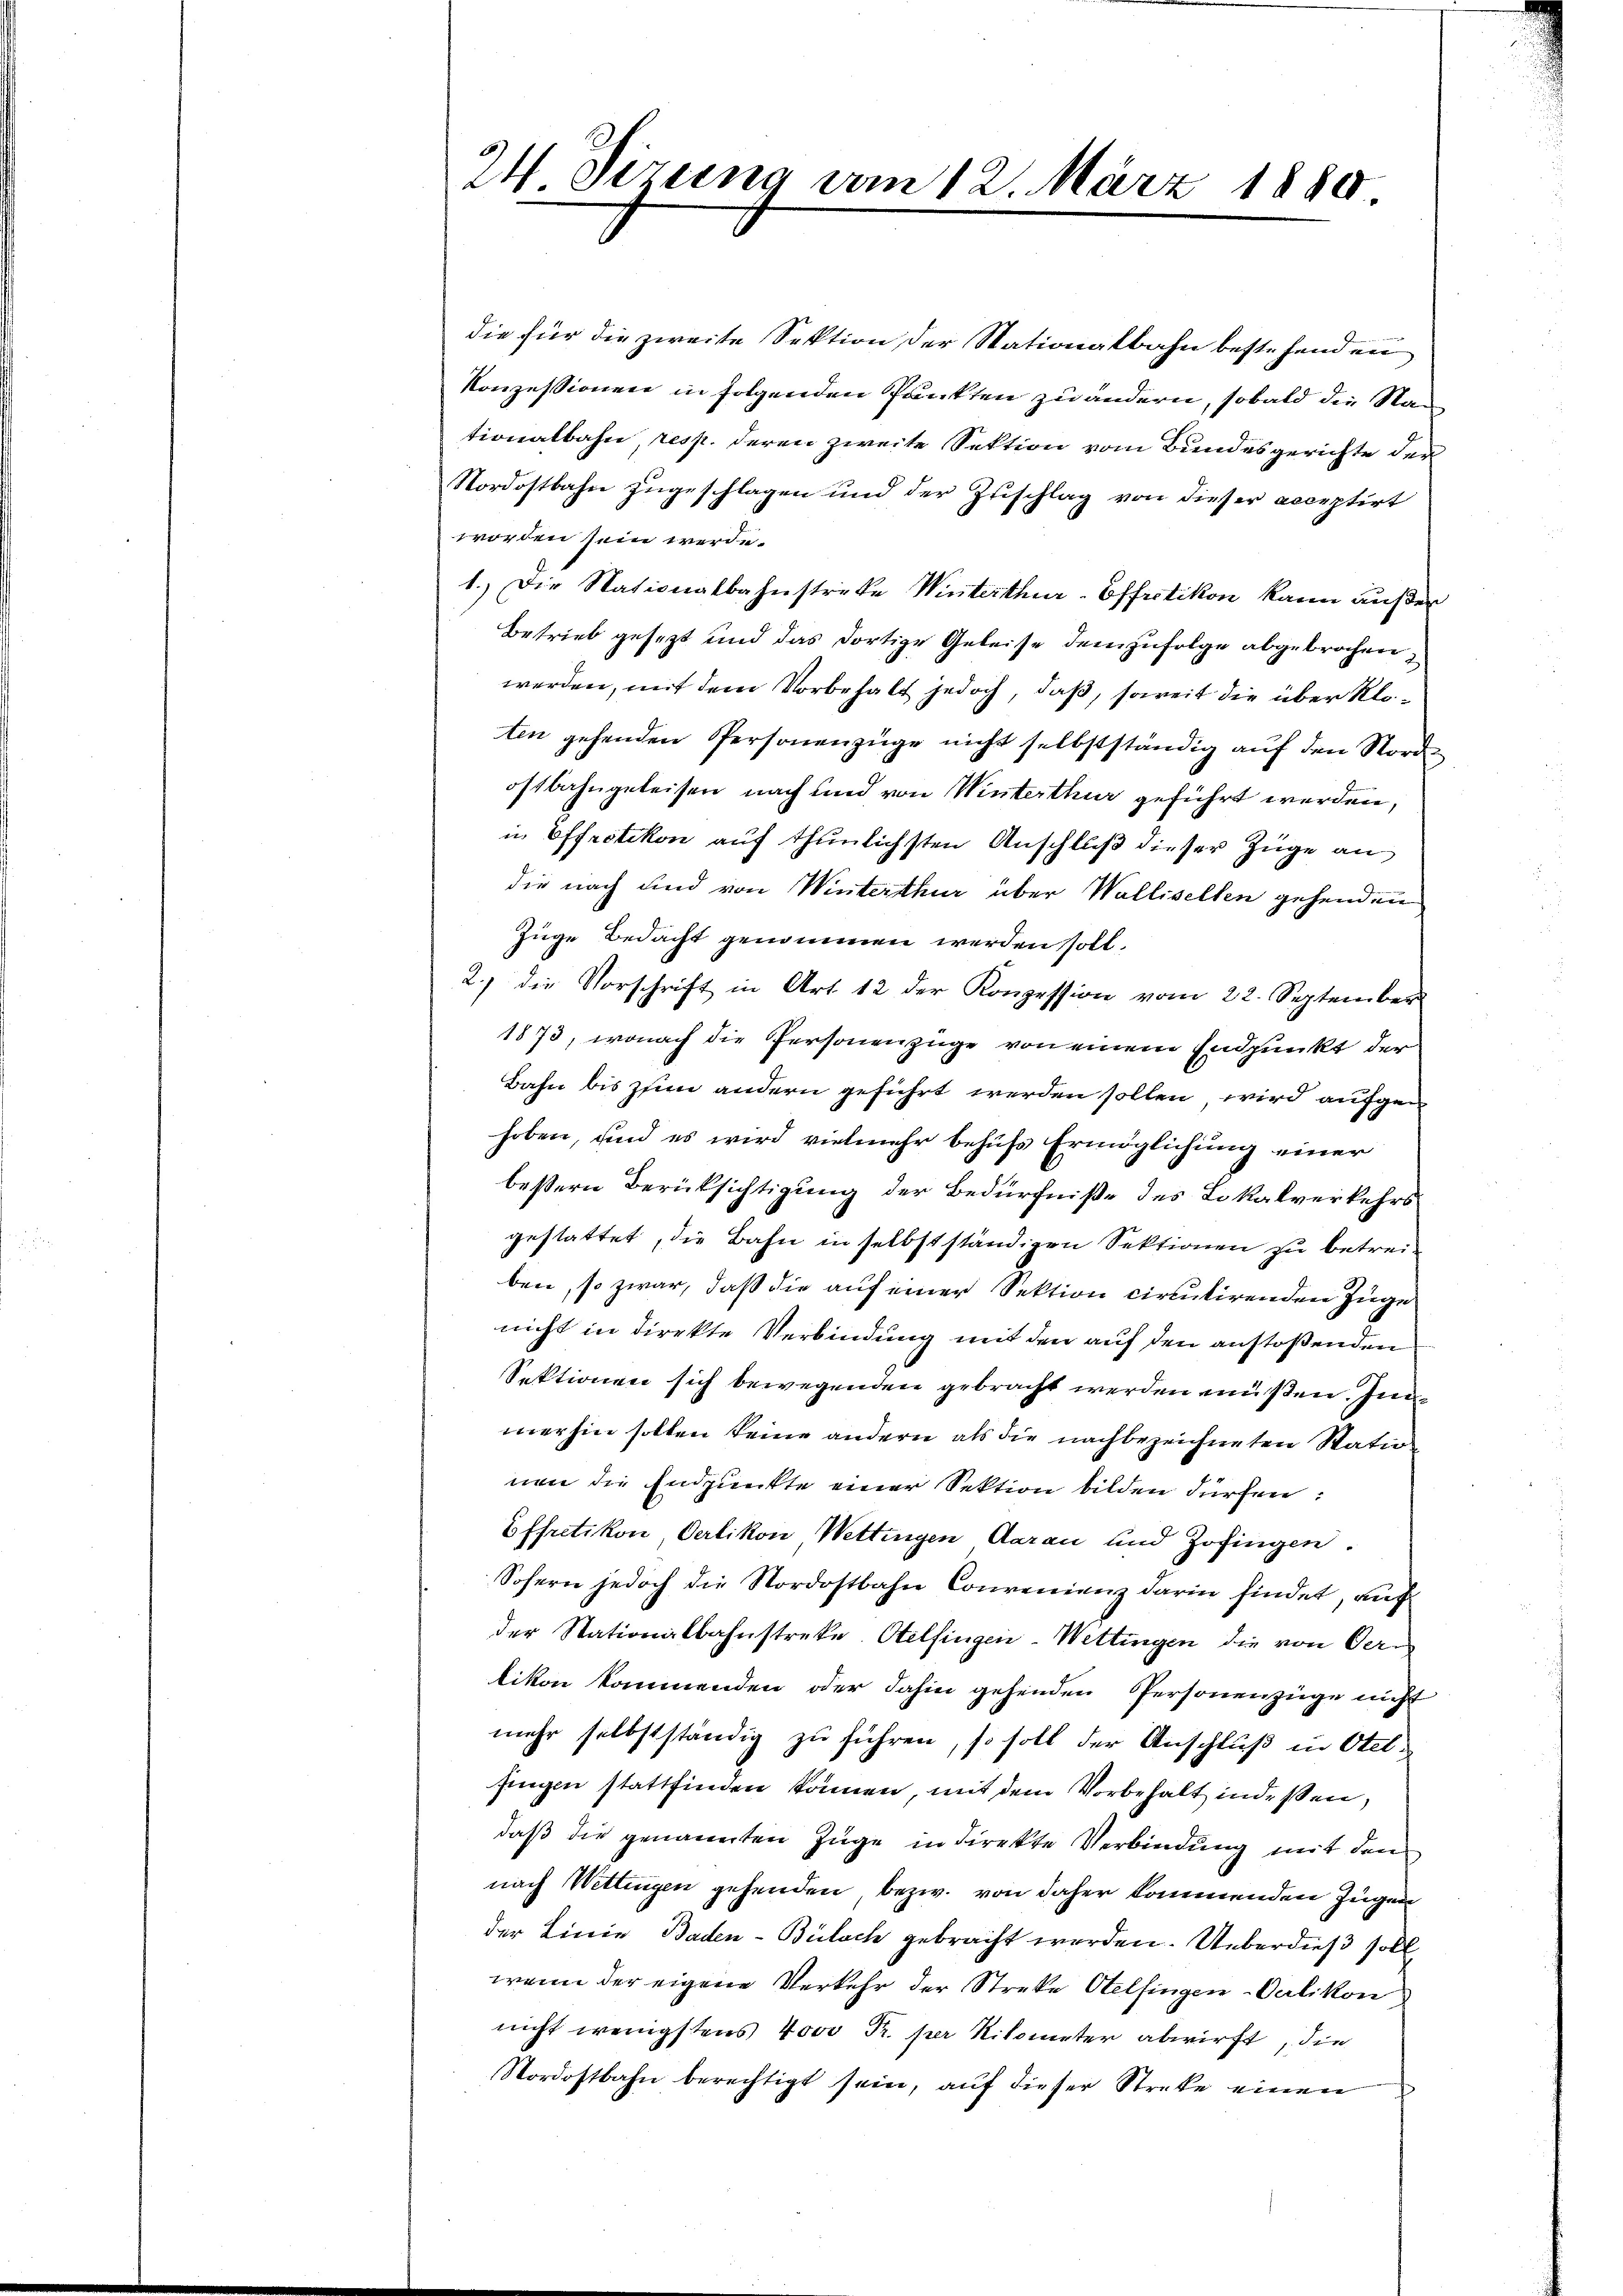
die für die zweite Sektion der Stationalbahn bestehenden
Konzessionen in folgenden Punkten zu ändern, sobald die Na
tionalbahn, resp. deren zweite Sektion vom Bundesgerichte den
Nordostbahn zugeschlagen und der Zuschlag von dieser acceptirt
worden sein werde.
1.) Die Nationalbahnstrecke Winterthur-Effretikon kann außer
Betrieb gesezt und das dortige Geleise demzufolge abgebrochen,
werden, mit dem Vorbehalt jedoch, daß, soweit die über Kloten gehenden Personenzüge nicht selbstständig auf den Nordoftbahngeleisen nach und von Winterthur geführt werden,
n Effretikon auf thunlichsten Anschluß dieser Züge an
die nach und von Winterthur über Walliselten gehenden
Zuge Bedacht genommen werden soll.
2.) die Vorschrift in Art. 12 der Konzession vom 22. September
1873, wonach die Personenzüge von einem Endpunkt der
Bahn bis zum andern geführt werden sollen, wird aufgehoben, und es wird vielmehr behufs Ermöglichung einer
beßern Berücksichtigung der Bedürfniße des Lokalverkehrs
gestattet, die Bahn in selbstständigen Sektionen zu betreiben, so zwar, daß die auf einer Sektion circutirenden Zuge
nicht in direkte Verbindung mit den auf den anstoßenden
Sektionen sich bewegenden gebracht werden müßen. Inmerhin sollen keine andern als die nachbezeichneten Statio
nen die Endpunkte einer Sektion bilden dürfene
Effretikon, Oerlikon Wettingen Aarau und Zofingen.
Sofern jedoch die Nordostbahn Convenienz darin findet, auf
der Stationalbahnstreke, Otelfingen-Wettingen die von Oerlikon kommenden oder dahin gehenden Personenzüge nicht
mehr selbstständig zu führen, so soll der Anschluß in Otelfingen stattfinden können, mit dem Vorbehalt indessen,
daß die genauerten Züge in direkte Verbindung mit den
nach Wettingen gehenden, bezw. von daher kommenden Zügen
der Linie Baden-Bülach gebracht werden. Ueberdieß soll
wenn der eigene Verkehr der Streke Otelfingen Velikon
nicht wenigstens vor Fr. per Kilometer abwirft, die
Nordostbahn berechtigt sein, auf dieser Streke einen

24 Sizung vom 12. März 1880